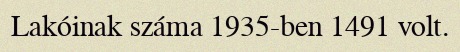
Lakóinak száma 1935-ben 1491 volt.